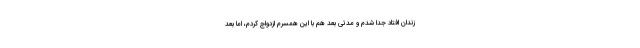
زندان افتاد جدا شدم و مدتی بعد هم با این همسرم ازدواج کردم، اما بعد